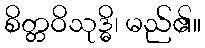
စိတ္တဝိသုဒ္ဓိ၊ မည်၏။